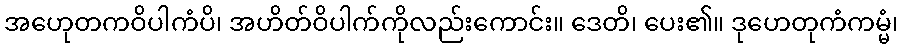
အဟေုတကဝိပါကံပိ၊ အဟိတ်ဝိပါက်ကိုလည်းကောင်း။ ဒေတိ၊ ပေး၏။ ဒုဟေတုကံကမ္မံ၊